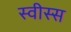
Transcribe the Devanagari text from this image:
स्वीस्स